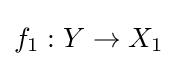
f_{1}:Y\to X_{1}